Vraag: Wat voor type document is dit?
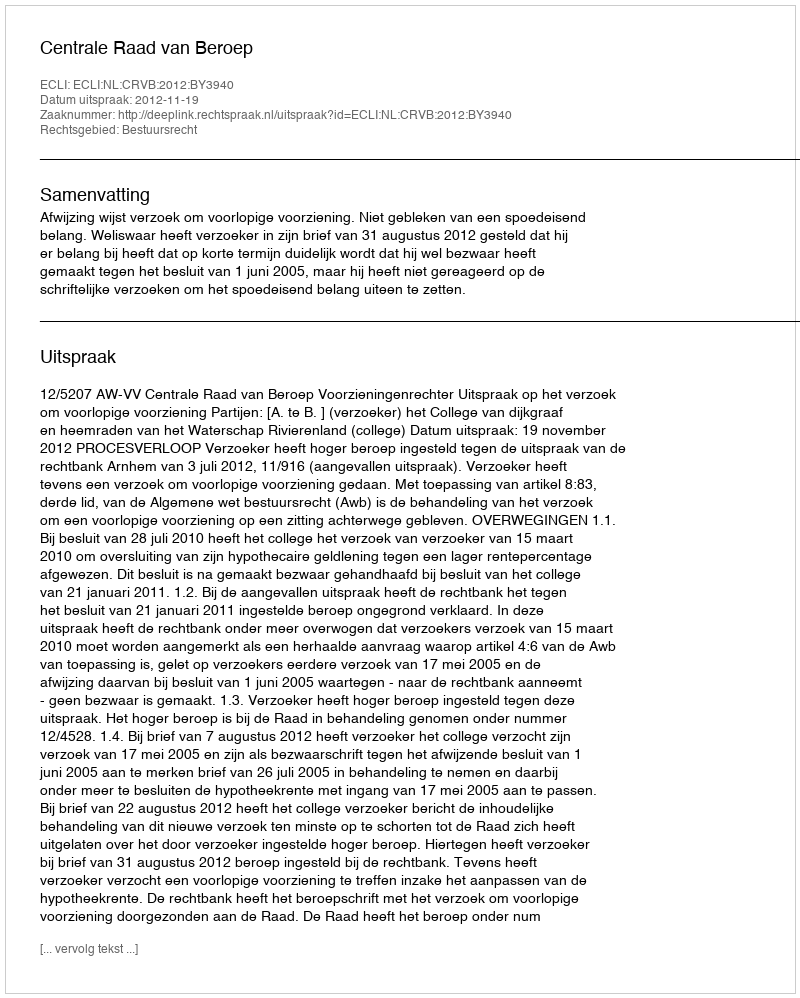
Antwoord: Uitspraak